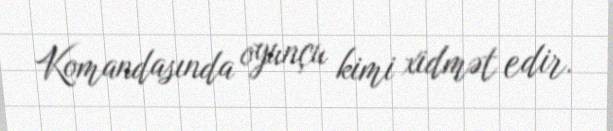
Komandasında oyunçu kimi xidmət edir.